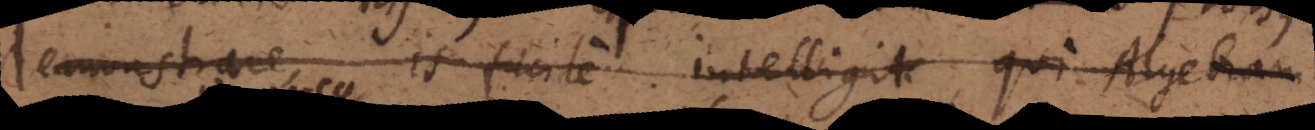
demonstrare, is facile intelligit, qui Algebram